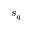
s _ { g }